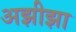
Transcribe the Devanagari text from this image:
अझीझा